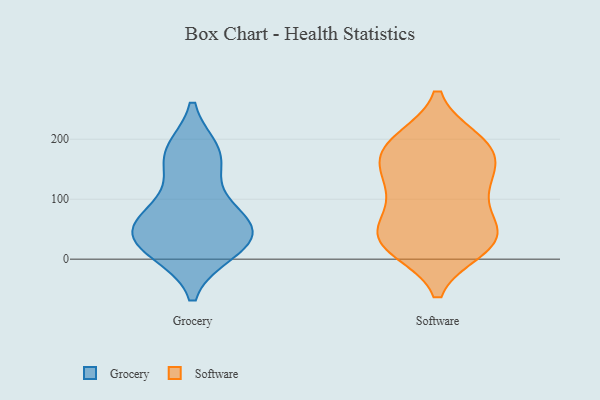
{"axis": {"x": "Website Visitors", "y": "Value"}, "legend": ["Grocery", "Software"], "data": [{"x": "", "y": 43, "type": "Grocery"}, {"x": "", "y": 170, "type": "Grocery"}, {"x": "", "y": 74, "type": "Grocery"}, {"x": "", "y": 14, "type": "Grocery"}, {"x": "", "y": 33, "type": "Grocery"}, {"x": "", "y": 169, "type": "Grocery"}, {"x": "", "y": 178, "type": "Grocery"}, {"x": "", "y": 56, "type": "Grocery"}, {"x": "", "y": 15, "type": "Grocery"}, {"x": "", "y": 88, "type": "Grocery"}, {"x": "", "y": 43, "type": "Grocery"}, {"x": "", "y": 198, "type": "Software"}, {"x": "", "y": 39, "type": "Software"}, {"x": "", "y": 19, "type": "Software"}, {"x": "", "y": 109, "type": "Software"}, {"x": "", "y": 176, "type": "Software"}, {"x": "", "y": 24, "type": "Software"}, {"x": "", "y": 172, "type": "Software"}, {"x": "", "y": 117, "type": "Software"}, {"x": "", "y": 41, "type": "Software"}, {"x": "", "y": 31, "type": "Software"}, {"x": "", "y": 144, "type": "Software"}, {"x": "", "y": 61, "type": "Software"}, {"x": "", "y": 126, "type": "Software"}, {"x": "", "y": 197, "type": "Software"}, {"x": "", "y": 65, "type": "Software"}, {"x": "", "y": 165, "type": "Software"}, {"x": "", "y": 197, "type": "Software"}, {"x": "", "y": 18, "type": "Software"}]}